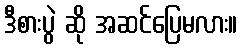
ဒီစားပွဲ ဆို အဆင်ပြေမလား။